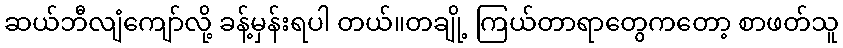
ဆယ်ဘီလျံကျော်လို့ ခန့်မှန်းရပါ တယ်။တချို့ ကြယ်တာရာတွေကတော့ စာဖတ်သူ